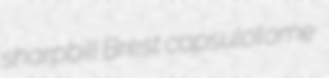
sharpbill Brest capsulotome